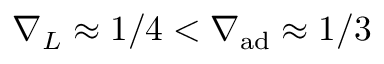
\nabla _ { L } \approx 1 / 4 < \nabla _ { \mathrm { a d } } \approx 1 / 3